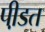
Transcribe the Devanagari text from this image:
पी़डत